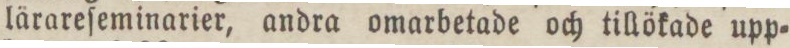
lärareſeminarier, andra omarbetade och tillökade upp=